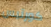
كورتيس